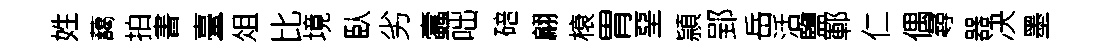
姓藹拍書臺俎比境臥劣蠧咄碚翩榱胃堊頴郢岳活鹽鄆仁偶尋器决墨